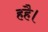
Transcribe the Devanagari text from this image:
हहै।